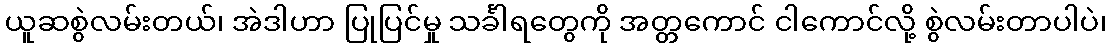
ယူဆစွဲလမ်းတယ်၊ အဲဒါဟာ ပြုပြင်မှု သင်္ခါရတွေကို အတ္တကောင် ငါကောင်လို့ စွဲလမ်းတာပါပဲ၊